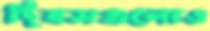
দিবসগুলোও